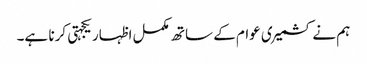
ہم نے کشمیری عوام کے ساتھ مکمل اظہار یکجہتی کرنا ہے۔